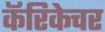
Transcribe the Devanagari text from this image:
कॅरिकेचर